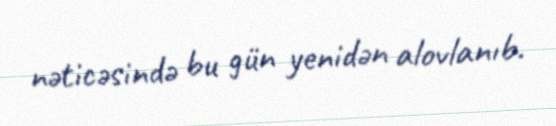
nəticəsində bu gün yenidən alovlanıb.